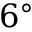
6 ^ { \circ }